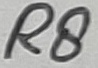
Text: R8